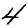
Digit: 4